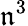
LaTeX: \mathfrak{n}^{3}